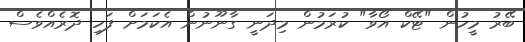
ބޭރު މީހުން "ޓޭކް އޯވާ" ކުރަމުން މިދަނީ ގާނޫނުން އެކަމަށް ފަހި ދޮރެއްވެސް